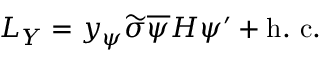
{ \cal { L } } _ { Y } = y _ { \psi } \widetilde { \sigma } \overline { { { \psi } } } H \psi ^ { \prime } + \mathrm { h . ~ c . }